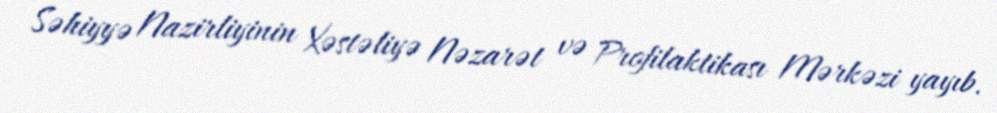
Səhiyyə Nazirliyinin Xəstəliyə Nəzarət və Profilaktikası Mərkəzi yayıb.